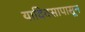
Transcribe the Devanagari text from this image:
यादिवसापासून